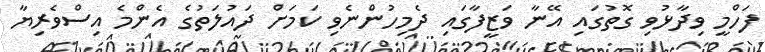
ފަހްމީ ވިދާޅުވި ގޮތުގައި އޭނާ ވަޒީފާގައި ދެމިހުންނެވި ކަމަށް ދައުލަތުގެ އެންމެ އިސްވެރިޔާ